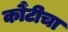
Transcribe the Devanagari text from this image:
कौंटीचा